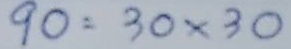
90 = 30 x 30